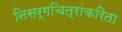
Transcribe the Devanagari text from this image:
निसर्गचित्रांकरिता